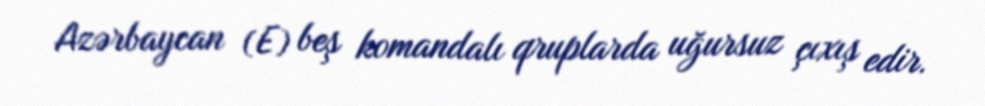
Azərbaycan (E) beş komandalı qruplarda uğursuz çıxış edir.